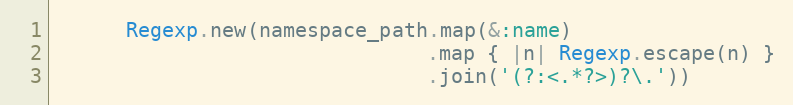
Language: Ruby
      Regexp.new(namespace_path.map(&:name)
                               .map { |n| Regexp.escape(n) }
                               .join('(?:<.*?>)?\.'))